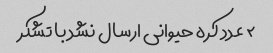
۲ عدد کره حیوانی ارسال نشد با تشکر